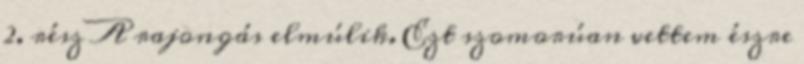
2. rész A rajongás elmúlik. Ezt szomorúan vettem észre